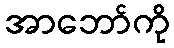
အာဘော်ကို